Report on inoculation in the plague infected areas of the Punjab and its dependencies from October 1900 to September 1901
Year: 1900
Disease focus: Plague
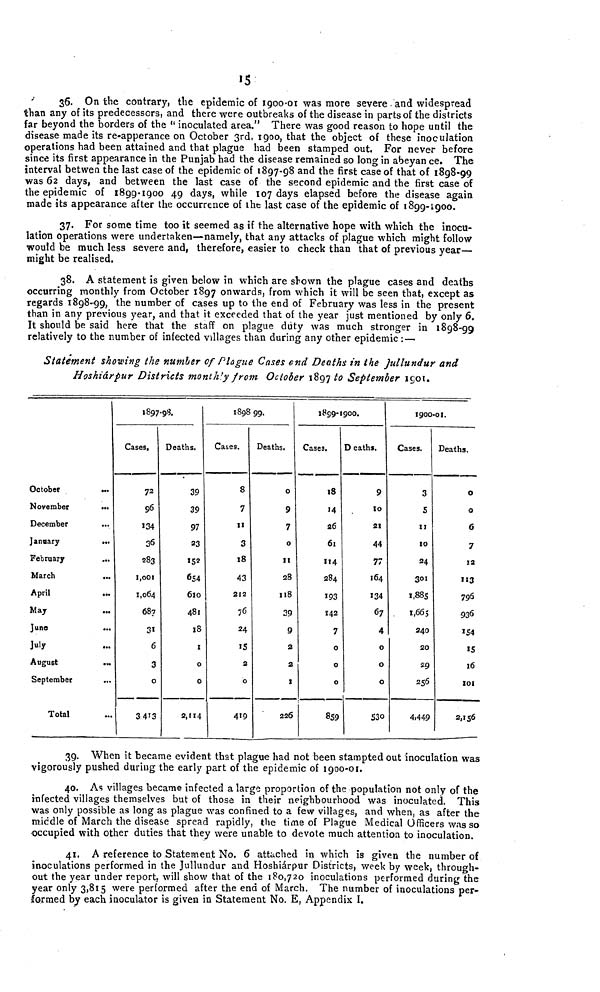
15
36. On the contrary, the epidemic of 1900 01 was more severe and widespread
than any of its predecessors, and there were outbreaks of the disease in parts of the districts
far beyond the borders of the " inoculated area." There was good reason to hope until the
disease made its re-apperance on October 3rd, 1900, that the object of these inoculation
operations had been attained and that plague had been stamped out. For never before
since its first appearance in the Punjab had the disease remained so long in abeyan ce. The
interval betwen the last case of the epidemic of 1897-98 and the first case of that of 1898-99
was 62 days, and between the last case of the second epidemic and the first case of
the epidemic of 1899-1900 49 days, while 107 days elapsed before the disease again
made its appearance after the occurrence of the last case of the epidemic of 1899-1900.
37. For some time too it seemed as if the alternative hope with which the inocu-
lation operations were undertaken—namely, that any attacks of plague which might follow
would be much less severe and, therefore, easier to check than that of previous year—
might be realised.
38. A statement is given below in which are shown the plague cases and deaths
occurring monthly from October 1897 onwards, from which it will be seen that, except as
regards 1898-99, the number of cases up to the end of February was less in the present
than in any previous year, and that it exceeded that of the year just mentioned by only 6.
It should be said here that the staff on plague duty was much stronger in 1898-99
relatively to the number of infected villages than during any other epidemic: —
Statement showing the number of Plague Cases end Deaths in the Jullundur and
Hoshiárpur Districts month'y from October 1897 to September 1901.
October
November
...
December
...
January
...
February
...
March
...
April
...
May
June
...
July
August
...
September
...
Total
1897-98.
Cases.
72
96
134
36
283
1,001
1,064
687
31
6
3
0
3413
Deaths.
39
39
97
23
152
654
610
481
18
1
0
0
2,114
1898
Cases.
8
7
II
3
18
43
212
76
24
15
2
0
419
99.
Deaths.
0
9
7
0
II
28
118
39
9
2
2
I
226
1899-1900.
Cases.
18
14
26
61
114
284
193
142
7
0
0
0
859
Deaths.
9
10
21
44
77
164
134
67
4
0
0
0
530
1900-01.
Cases.
3
5
11
10
24
301
1,885
1,665
240
20
29
256
4,449
Deaths.
0
0
6
7
12
113
796
936
154
IS
16
101
2,156
39. When it became evident that plague had not been stampted out inoculation was
vigorously pushed during the early part of the epidemic of 1900-01.
40. As villages became infected a large proportion of the population not only of the
infected villages themselves but of those in their neighbourhood was inoculated. This
was only possible as long as plague was confined to a few villages, and when, as after the
middle of March the disease spread rapidly, the time of Plague Medical Officers was so
occupied with other duties that they were unable to devote much attention to inoculation.
41. A reference to Statement No. 6 attached in which is given the number of
inoculations performed in the Jullundur and Hoshiárpur Districts, week by week, through-
out the year under report will show that of the 180,720 inoculations performed during the
year only 3,815 were performed after the end of March. The number of inoculations per-
formed by each inoculator is given in Statement No. E, Appendix I.